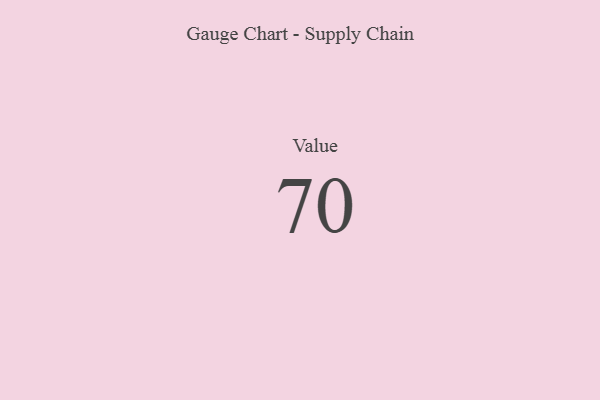
{"axis": {"x": "Metric", "y": "Value"}, "legend": [""], "data": [{"x": "Value", "y": 70, "type": ""}]}